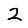
Digit: 2